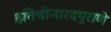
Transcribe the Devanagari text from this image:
इतिश्रीनारदपुराणे